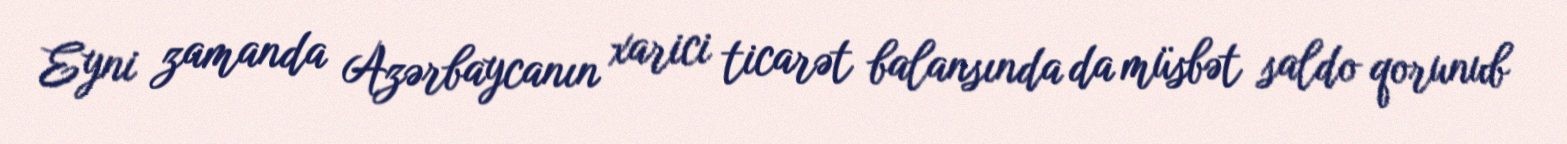
Eyni zamanda Azərbaycanın xarici ticarət balansında da müsbət saldo qorunub